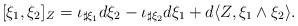
LaTeX: \begin{align*}[\xi_1,\xi_2]_{Z}=\iota_{\sharp \xi_1}d\xi_2-\iota_{\sharp \xi_2}d\xi_1+d\langle Z, \xi_1\wedge \xi_2\rangle. \end{align*}